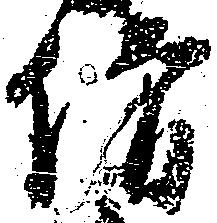
僧